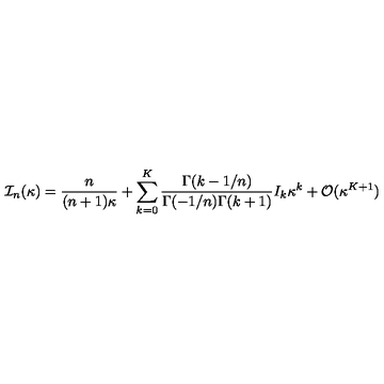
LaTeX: { \cal I } _ { n } ( \kappa ) = { \frac { n } { ( n + 1 ) \kappa } } + \sum _ { k = 0 } ^ { K } { \frac { \Gamma ( k - 1 / n ) } { \Gamma ( - 1 / n ) \Gamma ( k + 1 ) } } I _ { k } \kappa ^ { k } + { \cal O } ( \kappa ^ { K + 1 } )